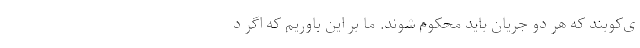
ی‌کوبند که هر دو جریان باید محکوم شوند. ما بر این باوریم که اگر د